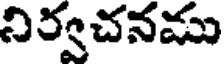
నిర్వచనము